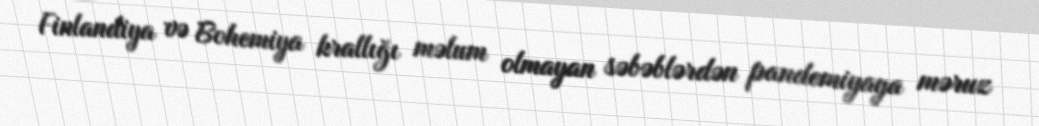
Finlandiya və Bohemiya krallığı məlum olmayan səbəblərdən pandemiyaya məruz